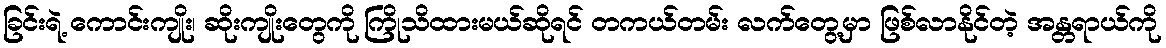
ခြင်းရဲ့ ကောင်းကျိုး၊ ဆိုးကျိုးတွေကို ကြိုသိထားမယ်ဆိုရင် တကယ်တမ်း လက်တွေ့မှာ ဖြစ်လာနိုင်တဲ့ အန္တရာယ်ကို